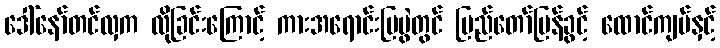
ဒေါ်နော်တင်လှက လိုခြင်းကြောင့် ကားအရောင်းပြပွဲတွင် ပြည်တော်ပြန်ခွင့် ထောင်ကျပ်နှင့်